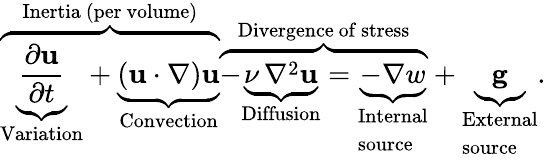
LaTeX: \overbrace{\underbrace{\frac{\partial\mathbf{u}}{\partial t}}_{\begin{array}{l}{{\mathrm{Variation}}}\end{array}}+\underbrace{(\mathbf{u}\cdot\nabla)\mathbf{u}}_{\begin{array}{l}{{\mathrm{Convection}}}\end{array}}}^{\mathrm{Inertia~(per~volume)}}\overbrace{-\underbrace{\nu\, \nabla^{2}\mathbf{u}}_{\mathrm{Diffusion}}=\underbrace{-\nabla w}_{\begin{array}{l}{{\mathrm{Internal}}}\\ {{\mathrm{source}}}\end{array}}}^{\mathrm{Divergence~of~stress}}+\underbrace{\mathbf{g}}_{\begin{array}{l}{{\mathrm{External}}}\\ {{\mathrm{source}}}\end{array}}.